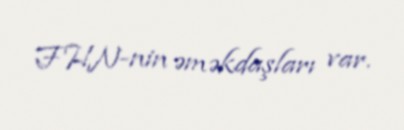
FHN-nin əməkdaşları var.